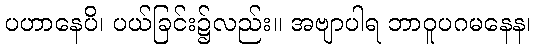
ပဟာနေပိ၊ ပယ်ခြင်း၌လည်း။ အဗျာပါရ ဘာဝူပဂမနေန၊